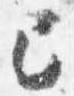
己